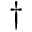
^ { \dagger }